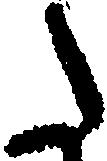
た